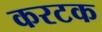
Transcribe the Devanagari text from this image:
करटक